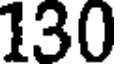
130